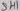
Text: SH1